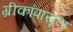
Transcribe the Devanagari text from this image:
ग्रीकांपासून